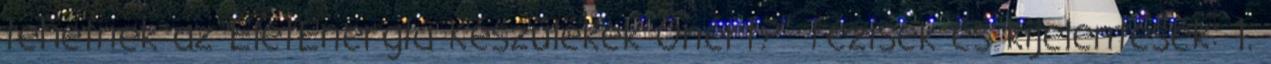
tehetnek az ÉletEnergia Készülékek Önért?" Tézisek és kijelentések: 1.